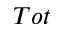
T o t